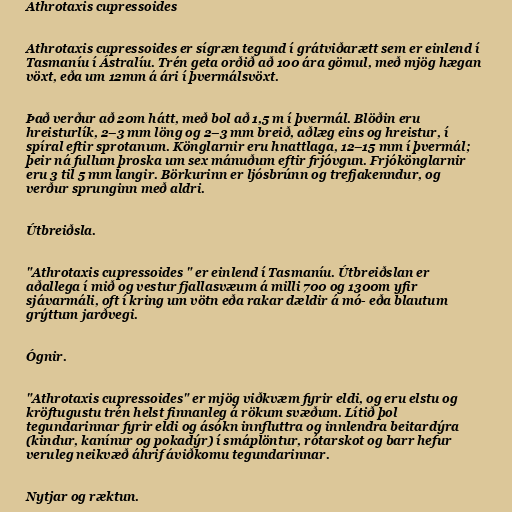
Athrotaxis cupressoides

Athrotaxis cupressoides er sígræn tegund í grátviðarætt sem er einlend í
Tasmaníu í Ástralíu. Trén geta orðið að 100 ára gömul, með mjög hægan
vöxt, eða um 12mm á ári í þvermálsvöxt.

Það verður að 20m hátt, með bol að 1,5 m í þvermál. Blöðin eru
hreisturlík, 2–3 mm löng og 2–3 mm breið, aðlæg eins og hreistur, í
spíral eftir sprotanum. Könglarnir eru hnattlaga, 12–15 mm í þvermál;
þeir ná fullum þroska um sex mánuðum eftir frjóvgun. Frjókönglarnir
eru 3 til 5 mm langir. Börkurinn er ljósbrúnn og trefjakenndur, og
verður sprunginn með aldri.

Útbreiðsla.

"Athrotaxis cupressoides " er einlend í Tasmaníu. Útbreiðslan er
aðallega í mið og vestur fjallasvæum á milli 700 og 1300m yfir
sjávarmáli, oft í kring um vötn eða rakar dældir á mó- eða blautum
grýttum jarðvegi.

Ógnir.

"Athrotaxis cupressoides" er mjög viðkvæm fyrir eldi, og eru elstu og
kröftugustu trén helst finnanleg á rökum svæðum. Lítið þol
tegundarinnar fyrir eldi og ásókn innfluttra og innlendra beitardýra
(kindur, kanínur og pokadýr) í smáplöntur, rótarskot og barr hefur
veruleg neikvæð áhrif áviðkomu tegundarinnar.

Nytjar og ræktun.